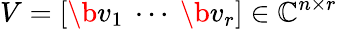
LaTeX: V=\left[\b{v}_{1}\ \cdots\ \b{v}_{r}\right]\in\mathbb{C}^{n\times r}